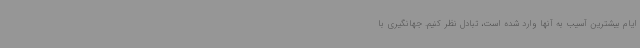
ایام بیشترین آسیب به آنها وارد شده است، تبادل نظر کنیم. جهانگیری با